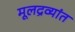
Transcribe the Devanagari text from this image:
मूलद्रव्यांत